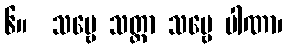
၆။  သဗ္ဗေ သတ္တာ သဗ္ဗေ ပါဏာ၊